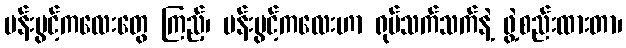
ပန်းပွင့်ကလေးတွေ ကြည့်၊ ပန်းပွင့်ကလေးဟာ ရုပ်သက်သက်နဲ့ ဖွဲ့စည်းထားတာ၊